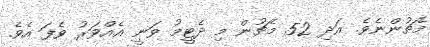
މެޗުންނެވެ. އަދި 52 މެޗުން މި ދެޓީމު ވަނީ އެއްވަރު ވެފަ އެވެ.